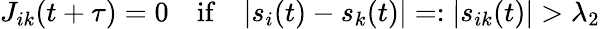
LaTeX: J_{ik}(t+\tau)=0\quad\mathrm{if}\quad|s_{i}(t)-s_{k}(t)|=:|s_{ik}(t)|>\lambda_{2}